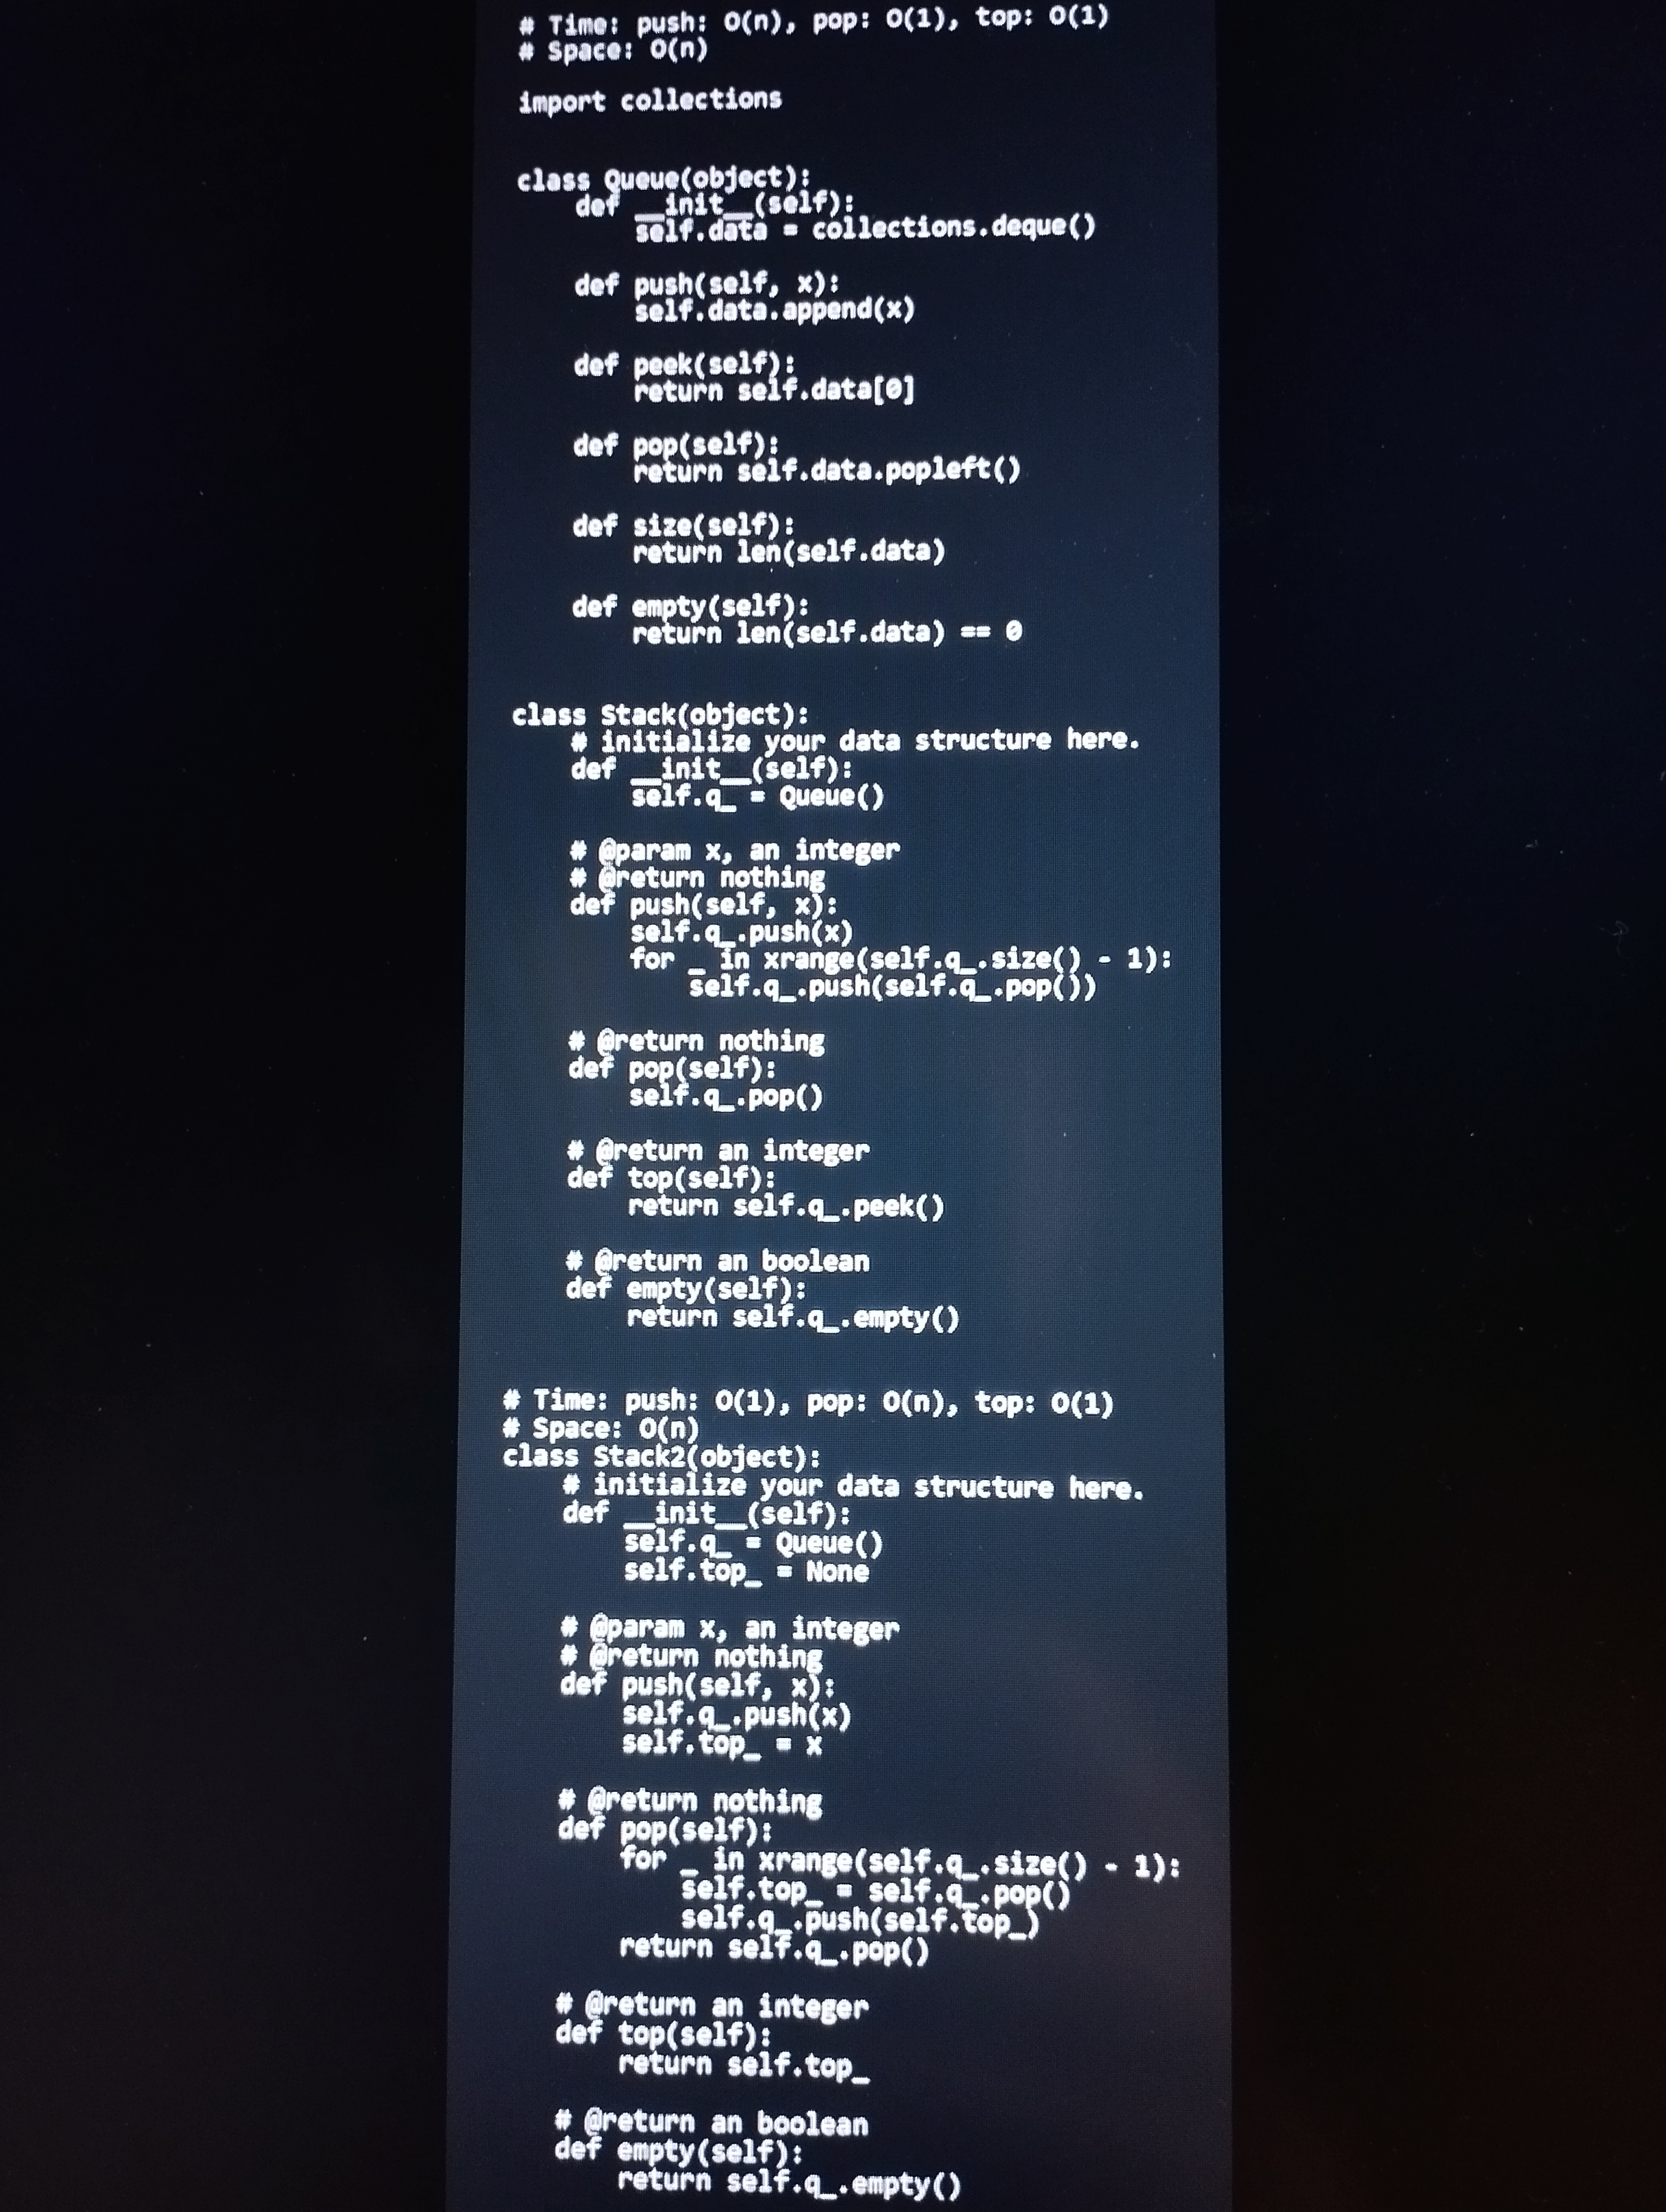
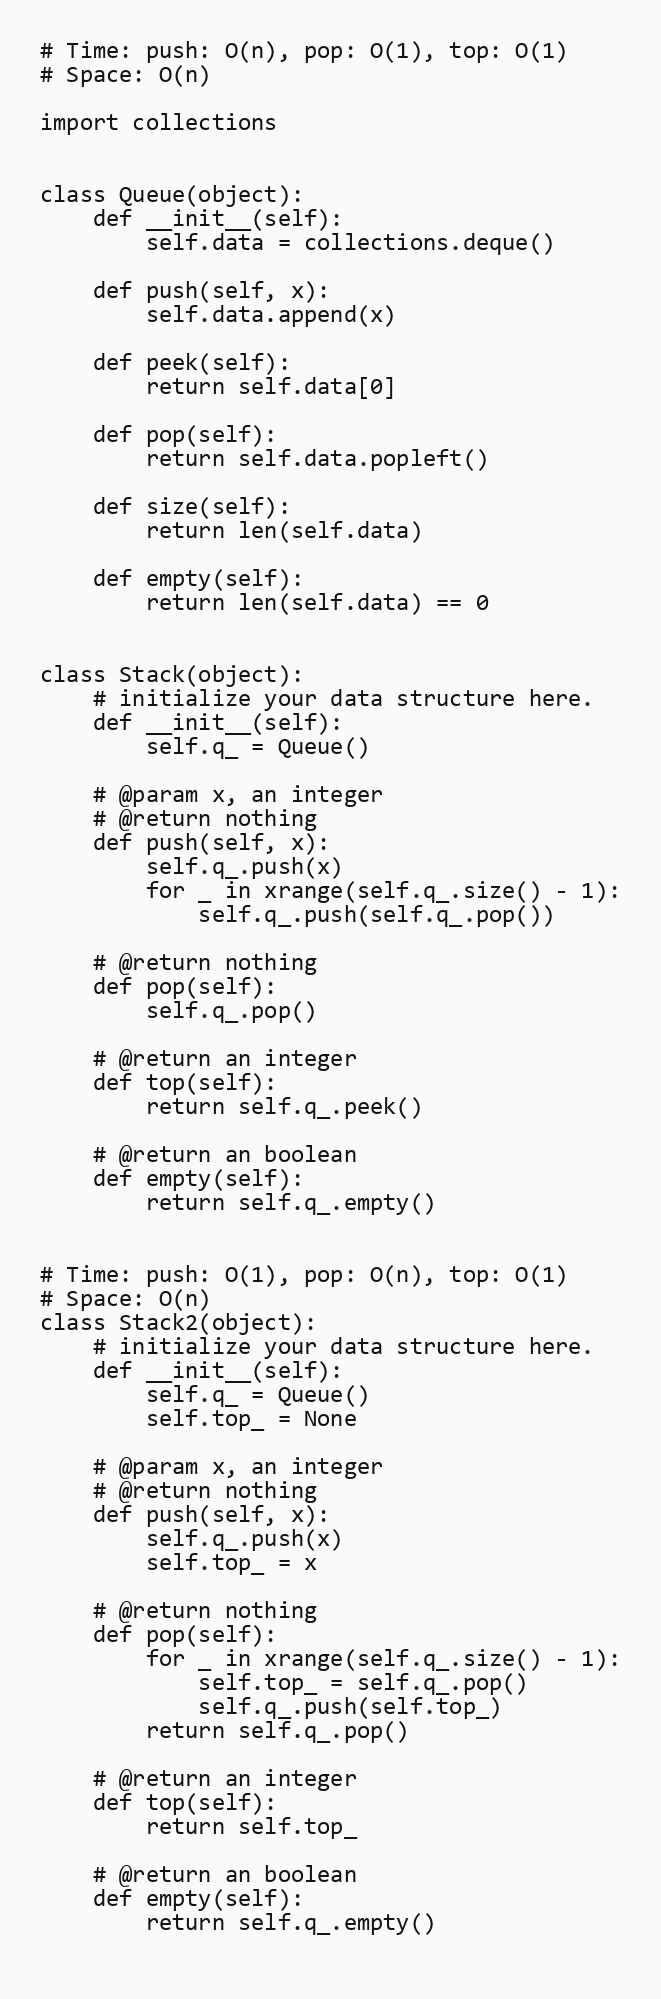
# Time: push: O(n), pop: O(1), top: O(1)
# Space: O(n)

import collections

class Queue(object):
    def __init__(self):
        self.data = collections.deque()

    def push(self, x):
        self.data.append(x)

    def peek(self):
        return self.data[0]

    def pop(self):
        return self.data.popleft()

    def size(self):
        return len(self.data)

    def empty(self):
        return len(self.data) == 0

class Stack(object):
    # initialize your data structure here.
    def __init__(self):
        self.q_ = Queue()

    # @param x, an integer
    # @return nothing
    def push(self, x):
        self.q_.push(x)
        for _ in xrange(self.q_.size() - 1):
            self.q_.push(self.q_.pop())

    # @return nothing
    def pop(self):
        self.q_.pop()

    # @return an integer
    def top(self):
        return self.q_.peek()

    # @return an boolean
    def empty(self):
        return self.q_.empty()

# Time: push: O(1), pop: O(n), top: O(1)
# Space: O(n)
class Stack2(object):
    # initialize your data structure here.
    def __init__(self):
        self.q_ = Queue()
        self.top_ = None

    # @param x, an integer
    # @return nothing
    def push(self, x):
        self.q_.push(x)
        self.top_ = x

    # @return nothing
    def pop(self):
        for _ in xrange(self.q_.size() - 1):
            self.top_ = self.q_.pop()
            self.q_.push(self.top_)
        return self.q_.pop()

    # @return an integer
    def top(self):
        return self.top_

    # @return an boolean
    def empty(self):
        return self.q_.empty()